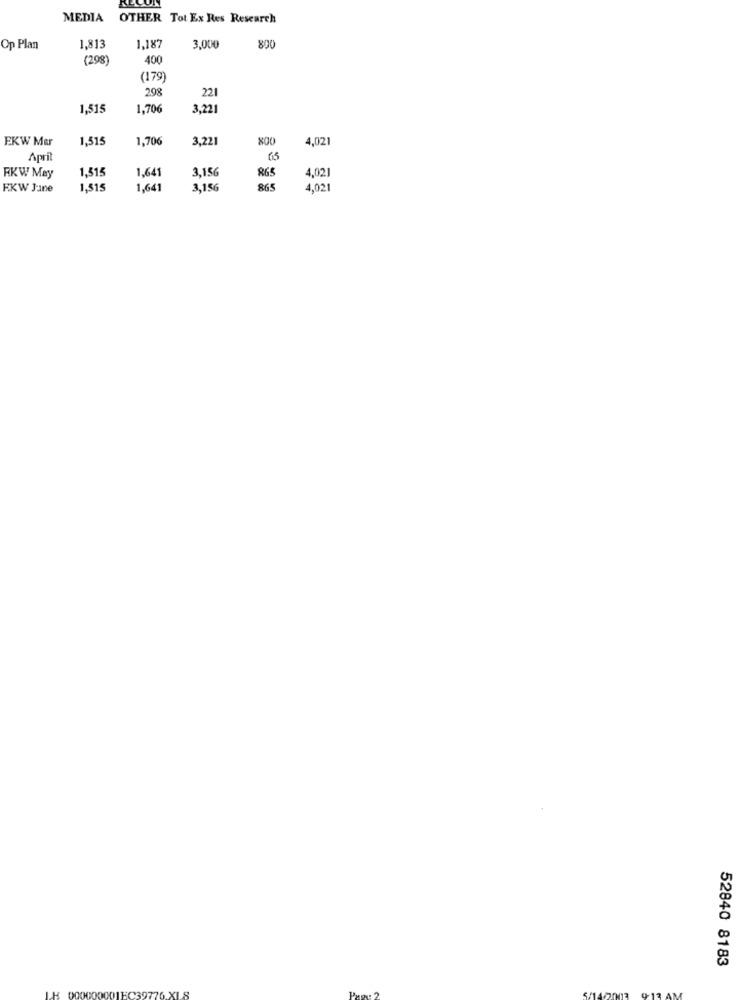
MEDIA OTHER Tot Ex Res Research
Op Plan
1,813
1,187
3.000
800
(298)
400
(179)
298
221
1,515
1,706
3,22
EKW Mer
1,515
1,706
3,221
XO0
4,021
April
65
1,641
3,156
865
RKW May
1,515
4,021
RKW June
1,515
1,641
3,156
865
4,021
52840 8183
9-13 AM